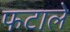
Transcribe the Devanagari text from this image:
फटाले